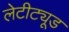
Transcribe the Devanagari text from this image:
लेटीट्यूड